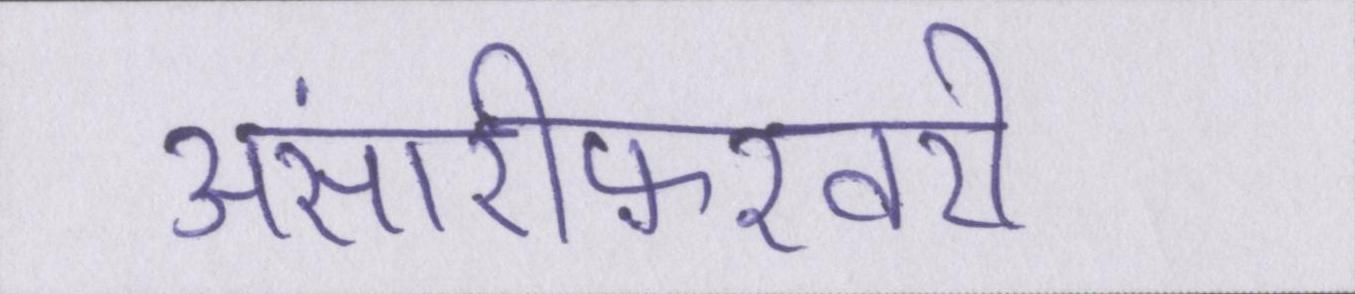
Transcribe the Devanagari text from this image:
अंसारीफ़रवरी